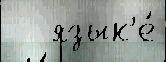
   язык'е́